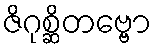
ဇိဂုစ္ဆိတဗ္ဗော